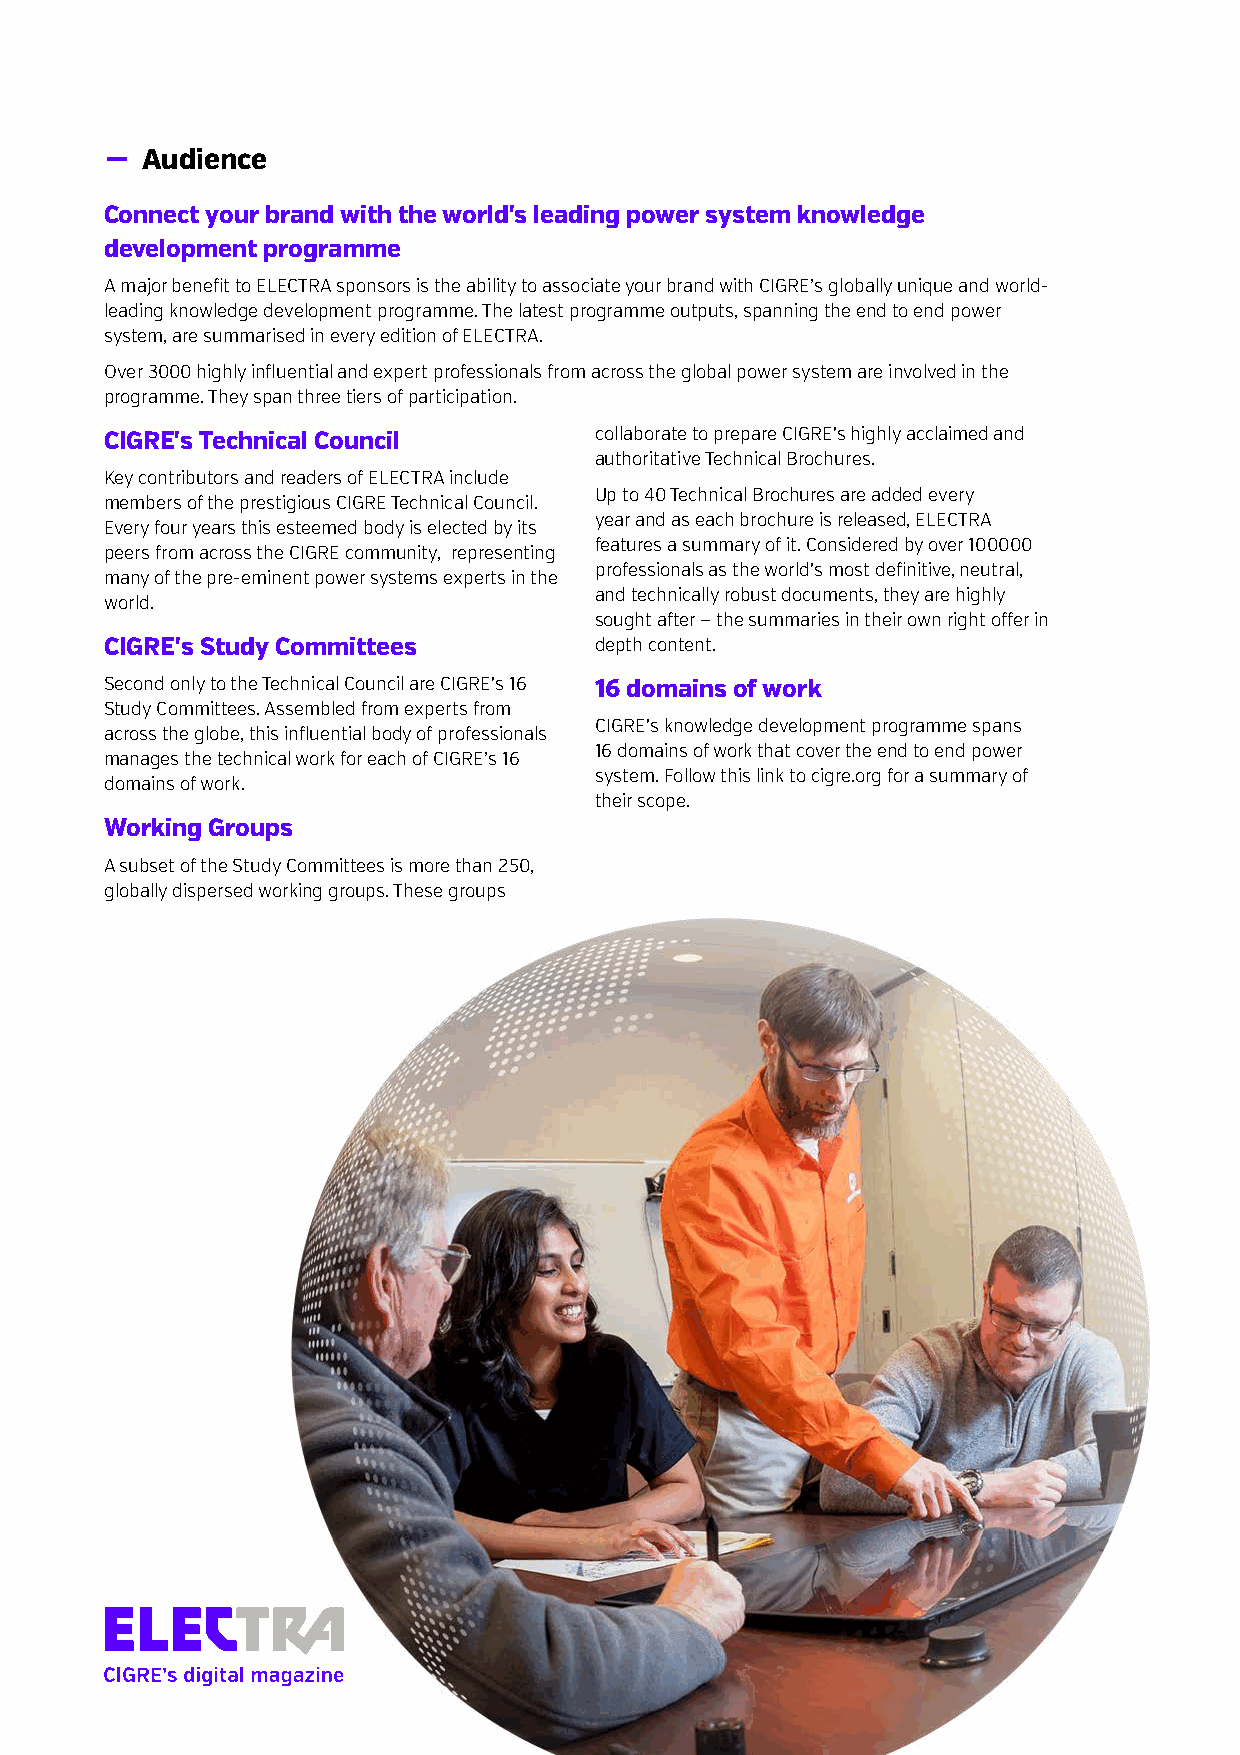
− Audience
 Connect your brand with the world's leading power system knowledge
 development programme
 A major benefit to ELECTRA sponsors is the ability to associate your brand with CIGRE’s globally unique and world-
 leading knowledge development programme. The latest programme outputs, spanning the end to end power
 system, are summarised in every edition of ELECTRA.
 Over 3000 highly influential and expert professionals from across the global power system are involved in the
 programme. They span three tiers of participation.
 CIGRE's Technical Council       collaborate to prepare CIGRE's highly acclaimed and
 authoritative Technical Brochures.
 Key contributors and readers of ELECTRA include
 Up to 40 Technical Brochures are added every
 members of the prestigious CIGRE Technical Council.
 year and as each brochure is released, ELECTRA
 Every four years this esteemed body is elected by its
 features a summary of it. Considered by over 100000
 peers from across the CIGRE community, representing
 professionals as the world's most definitive, neutral,
 many of the pre-eminent power systems experts in the
 and technically robust documents, they are highly
 world.
 sought after — the summaries in their own right offer in
 CIGRE's Study Committees        depth content.
 Second only to the Technical Council are CIGRE's 16 16 domains of work
 Study Committees. Assembled from experts from
 CIGRE's knowledge development programme spans
 across the globe, this influential body of professionals
 16 domains of work that cover the end to end power
 manages the technical work for each of CIGRE’s 16
 system. Follow this link to cigre.org for a summary of
 domains of work.
 their scope.
 Working Groups
 A subset of the Study Committees is more than 250,
 globally dispersed working groups. These groups